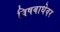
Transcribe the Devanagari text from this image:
विषबाधेवर